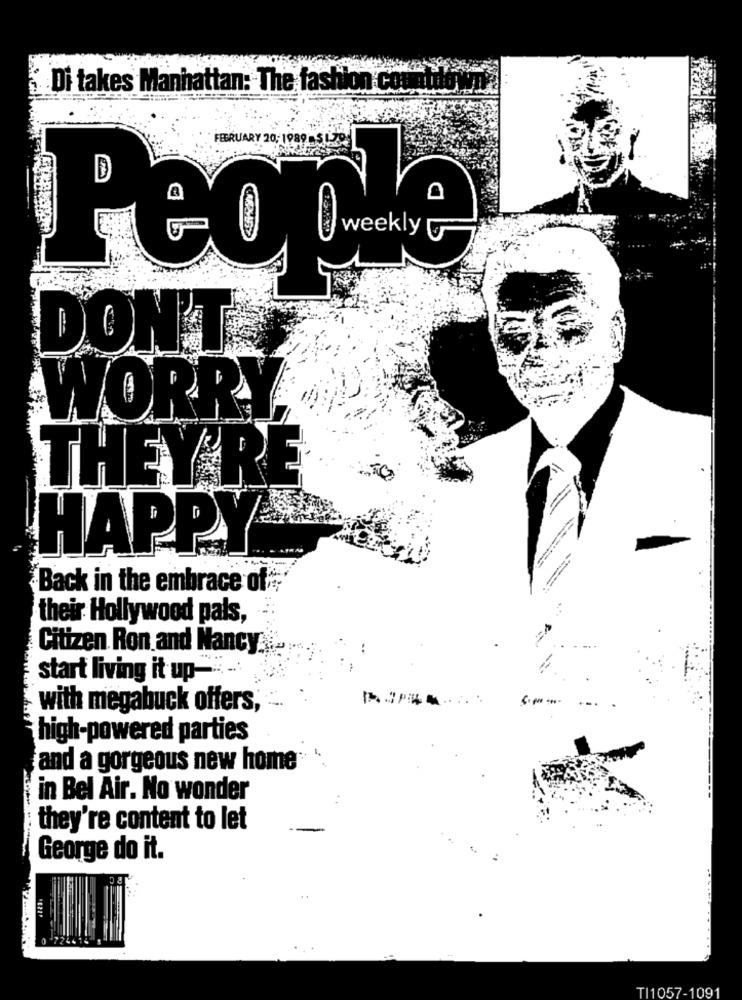
Di takes Manhattan: The fashion co
People
DON'T
WORRY
THEY'RE
HAPPY
Back in the embrace of;
their Hollywood pals,
Citizen Ron and Nancy
start living it up -. ...
with megabuck offers,
high-powered parties
and a gorgeous new home
in Bel Air. No wonder
they're content to let
George do it.
TI1057-1091